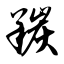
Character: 羰